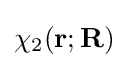
\chi _{2}(\mathbf {r} ;\mathbf {R} )